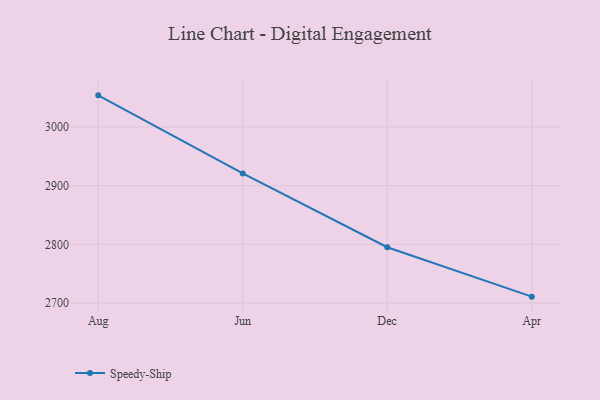
{"axis": {"x": "Month", "y": "Latency (ms)"}, "legend": ["Speedy-Ship"], "data": [{"x": "Aug", "y": 3053.9, "type": "Speedy-Ship"}, {"x": "Jun", "y": 2920.9, "type": "Speedy-Ship"}, {"x": "Dec", "y": 2795.1, "type": "Speedy-Ship"}, {"x": "Apr", "y": 2710.9, "type": "Speedy-Ship"}]}